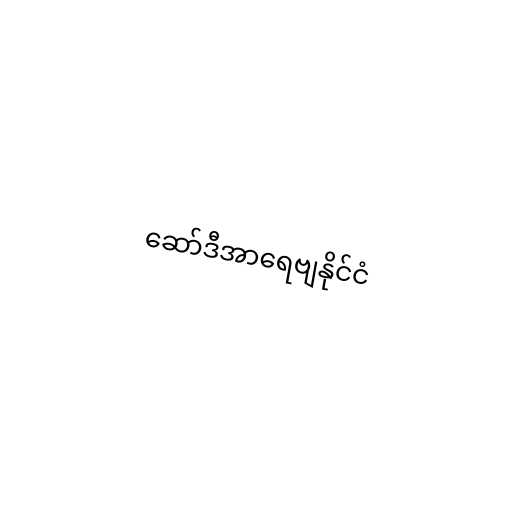
ဆော်ဒီအာရေဗျနိုင်ငံ